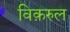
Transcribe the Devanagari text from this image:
विक़रुल